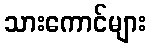
သားကောင်များ